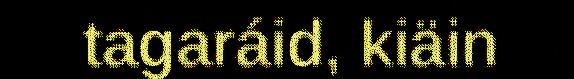
tagaráid, kiäin